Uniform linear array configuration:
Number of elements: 8
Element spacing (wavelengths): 0.25
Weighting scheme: blackman
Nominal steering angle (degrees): -30
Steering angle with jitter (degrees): -30.347
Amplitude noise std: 0.05
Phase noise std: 0.05

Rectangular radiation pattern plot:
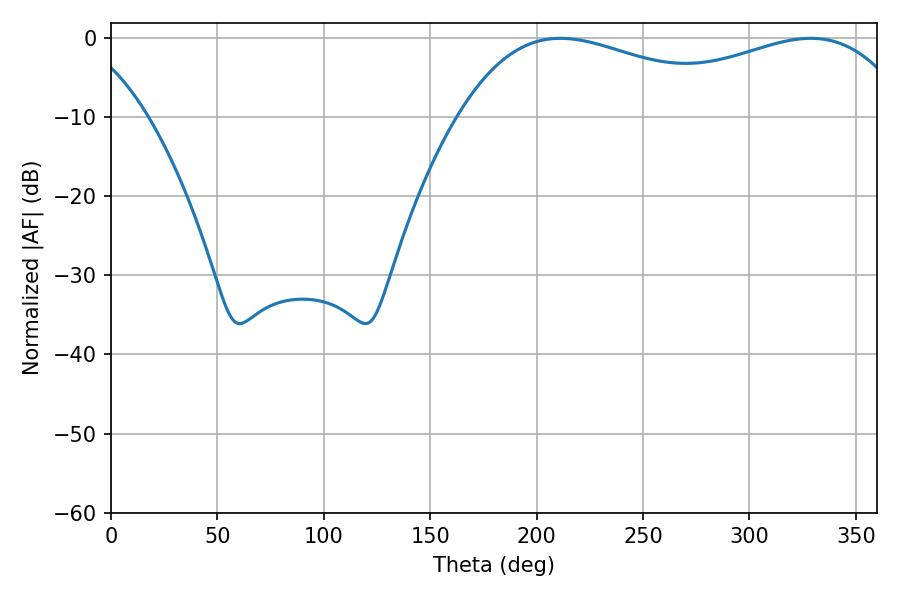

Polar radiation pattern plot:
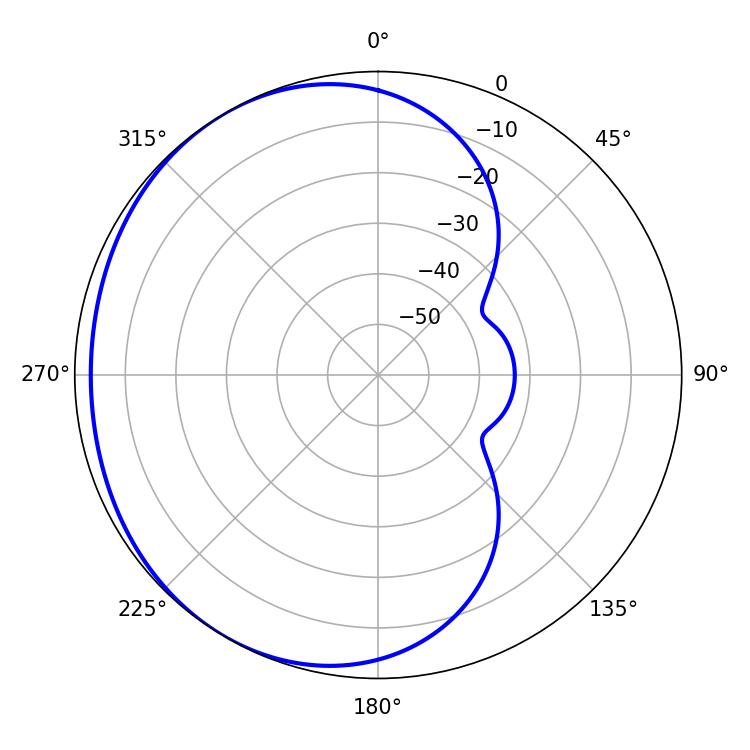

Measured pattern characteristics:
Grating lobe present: FALSE
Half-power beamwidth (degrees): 77.94
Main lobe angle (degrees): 211.14